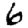
Digit: 6